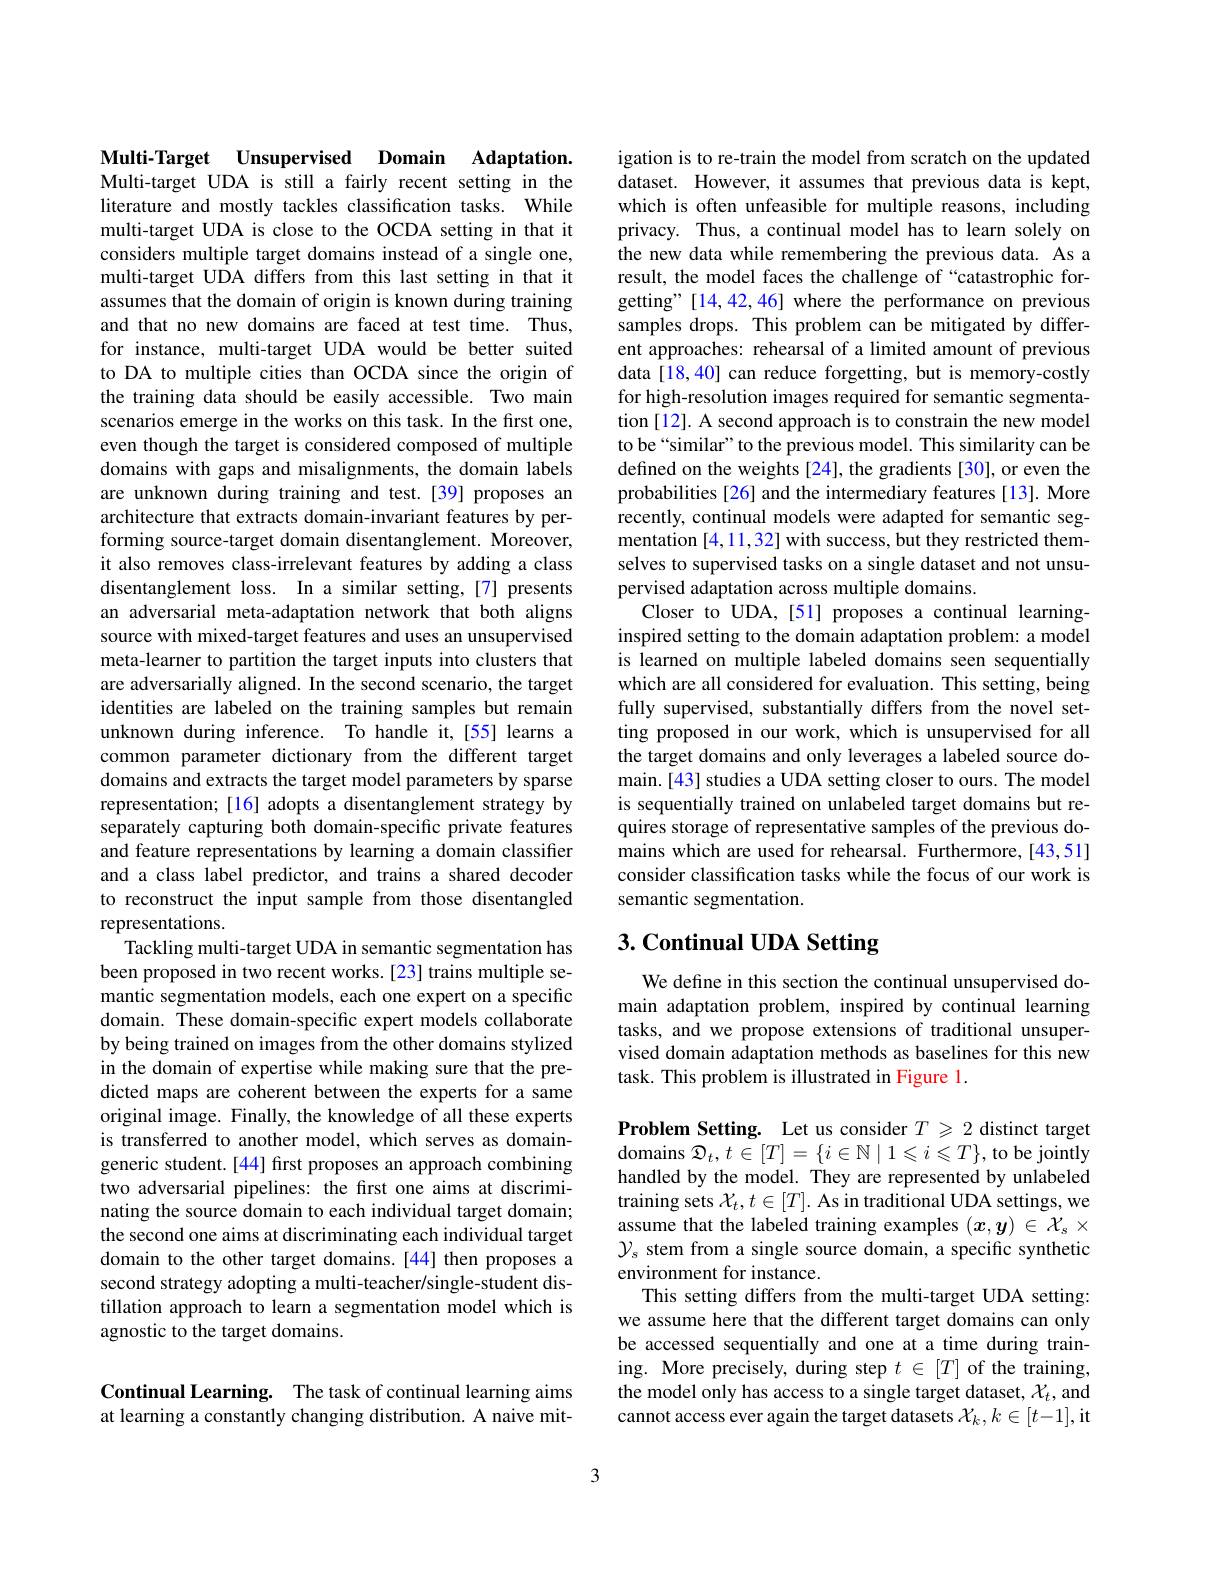
Multi-Target Unsupervised Domain Adaptation. Multi-target UDA is still a fairly recent setting in the literature and mostly tackles classification tasks. While multi-target UDA is close to the OCDA setting in that it considers multiple target domains instead of a single one, multi-target UDA differs from this last setting in that it assumes that the domain of origin is known during training and that no new domains are faced at test time. Thus, for instance, multi-target UDA would be better suited to DA to multiple cities than OCDA since the origin of the training data should be easily accessible. Two main scenarios emerge in the works on this task. In the first one, even though the target is considered composed of multiple domains with gaps and misalignments, the domain labels are unknown during training and test.[39] proposes an architecture that extracts domain-invariant features by performing source-target domain disentanglement. Moreover, it also removes class-irrelevant features by adding a class disentanglement loss. In a similar setting,[7] presents an adversarial meta-adaptation network that both aligns source with mixed-target features and uses an unsupervised meta-learner to partition the target inputs into clusters that are adversarially aligned. In the second scenario, the target identities are labeled on the training samples but remain unknown during inference. To handle it,[55] learns a common parameter dictionary from the different target domains and extracts the target model parameters by sparse representation; [16] adopts a disentanglement strategy by separately capturing both domain-specific private features and feature representations by learning a domain classifier and a class label predictor, and trains a shared decoder to reconstruct the input sample from those disentangled representations.
Tackling multi-target UDA in semantic segmentation has been proposed in two recent works.[23] trains multiple semantic segmentation models, each one expert on a specific domain. These domain-specific expert models collaborate by being trained on images from the other domains stylized in the domain of expertise while making sure that the predicted maps are coherent between the experts for a same original image. Finally, the knowledge of all these experts is transferred to another model, which serves as domaingeneric student.[44] first proposes an approach combining two adversarial pipelines: the first one aims at discriminating the source domain to each individual target domain; the second one aims at discriminating each individual target domain to the other target domains.[44] then proposes a second strategy adopting a multi-teacher/single-student distillation approach to learn a segmentation model which is agnostic to the target domains.

Continual Learning. The task of continual learning aims at learning a constantly changing distribution. A naive mit-

igation is to re-train the model from scratch on the updated dataset. However, it assumes that previous data is kept, which is often unfeasible for multiple reasons, including privacy. Thus, a continual model has to learn solely on the new data while remembering the previous data. As a result, the model faces the challenge of “catastrophic forgetting" [14,42,46] where the performance on previous samples drops. This problem can be mitigated by different approaches: rehearsal of a limited amount of previous data[18,40] can reduce forgetting, but is memory-costly for high-resolution images required for semantic segmentation [12]. A second approach is to constrain the new model to be“similar”to the previous model. This similarity can be defined on the weights [24], the gradients [30], or even the probabilities [26] and the intermediary features [13]. More recently, continual models were adapted for semantic segmentation [4,11,32] with success, but they restricted themselves to supervised tasks on a single dataset and not unsupervised adaptation across multiple domains.
Closer to UDA, [51] proposes a continual learninginspired setting to the domain adaptation problem: a model is learned on multiple labeled domains seen sequentially which are all considered for evaluation. This setting, being fully supervised, substantially differs from the novel setting proposed in our work, which is unsupervised for all the target domains and only leverages a labeled source domain.[43] studies a UDA setting closer to ours. The model is sequentially trained on unlabeled target domains but requires storage of representative samples of the previous domains which are used for rehearsal. Furthermore,[43,51] consider classification tasks while the focus of our work is semantic segmentation.

# 3. Continual UDA Setting

We define in this section the continual unsupervised domain adaptation problem, inspired by continual learning tasks, and we propose extensions of traditional unsupervised domain adaptation methods as baselines for this new task. This problem is illustrated in Figure 1.

Problem Setting. Let us consider $T\geqslant2$ distinct target domains $\mathcal{D}_t,t\in[T]=\{i\in\mathbb{N}\mid1\leqslant i\leqslant T\}$, to be jointly handled by the model. They are represented by unlabeled training sets $\mathcal{X}_t,t\in[T].$ As in traditional UDA settings, we assume that the labeled training examples $(x,y)\in\mathcal{X}_s\times$ $\mathcal{Y}_s$ stem from a single source domain, a specific synthetic environment for instance.
This setting differs from the multi-target UDA setting: we assume here that the different target domains can only be accessed sequentially and one at a time during training. More precisely, during step $t\in[T]$ of the training, the model only has access to a single target dataset, $\mathcal{X}_t$, and cannot access ever again the target datasets $\mathcal{X}_k,k\in[t-1]$,it

3